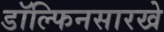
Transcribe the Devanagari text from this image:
डॉल्फिनसारखे